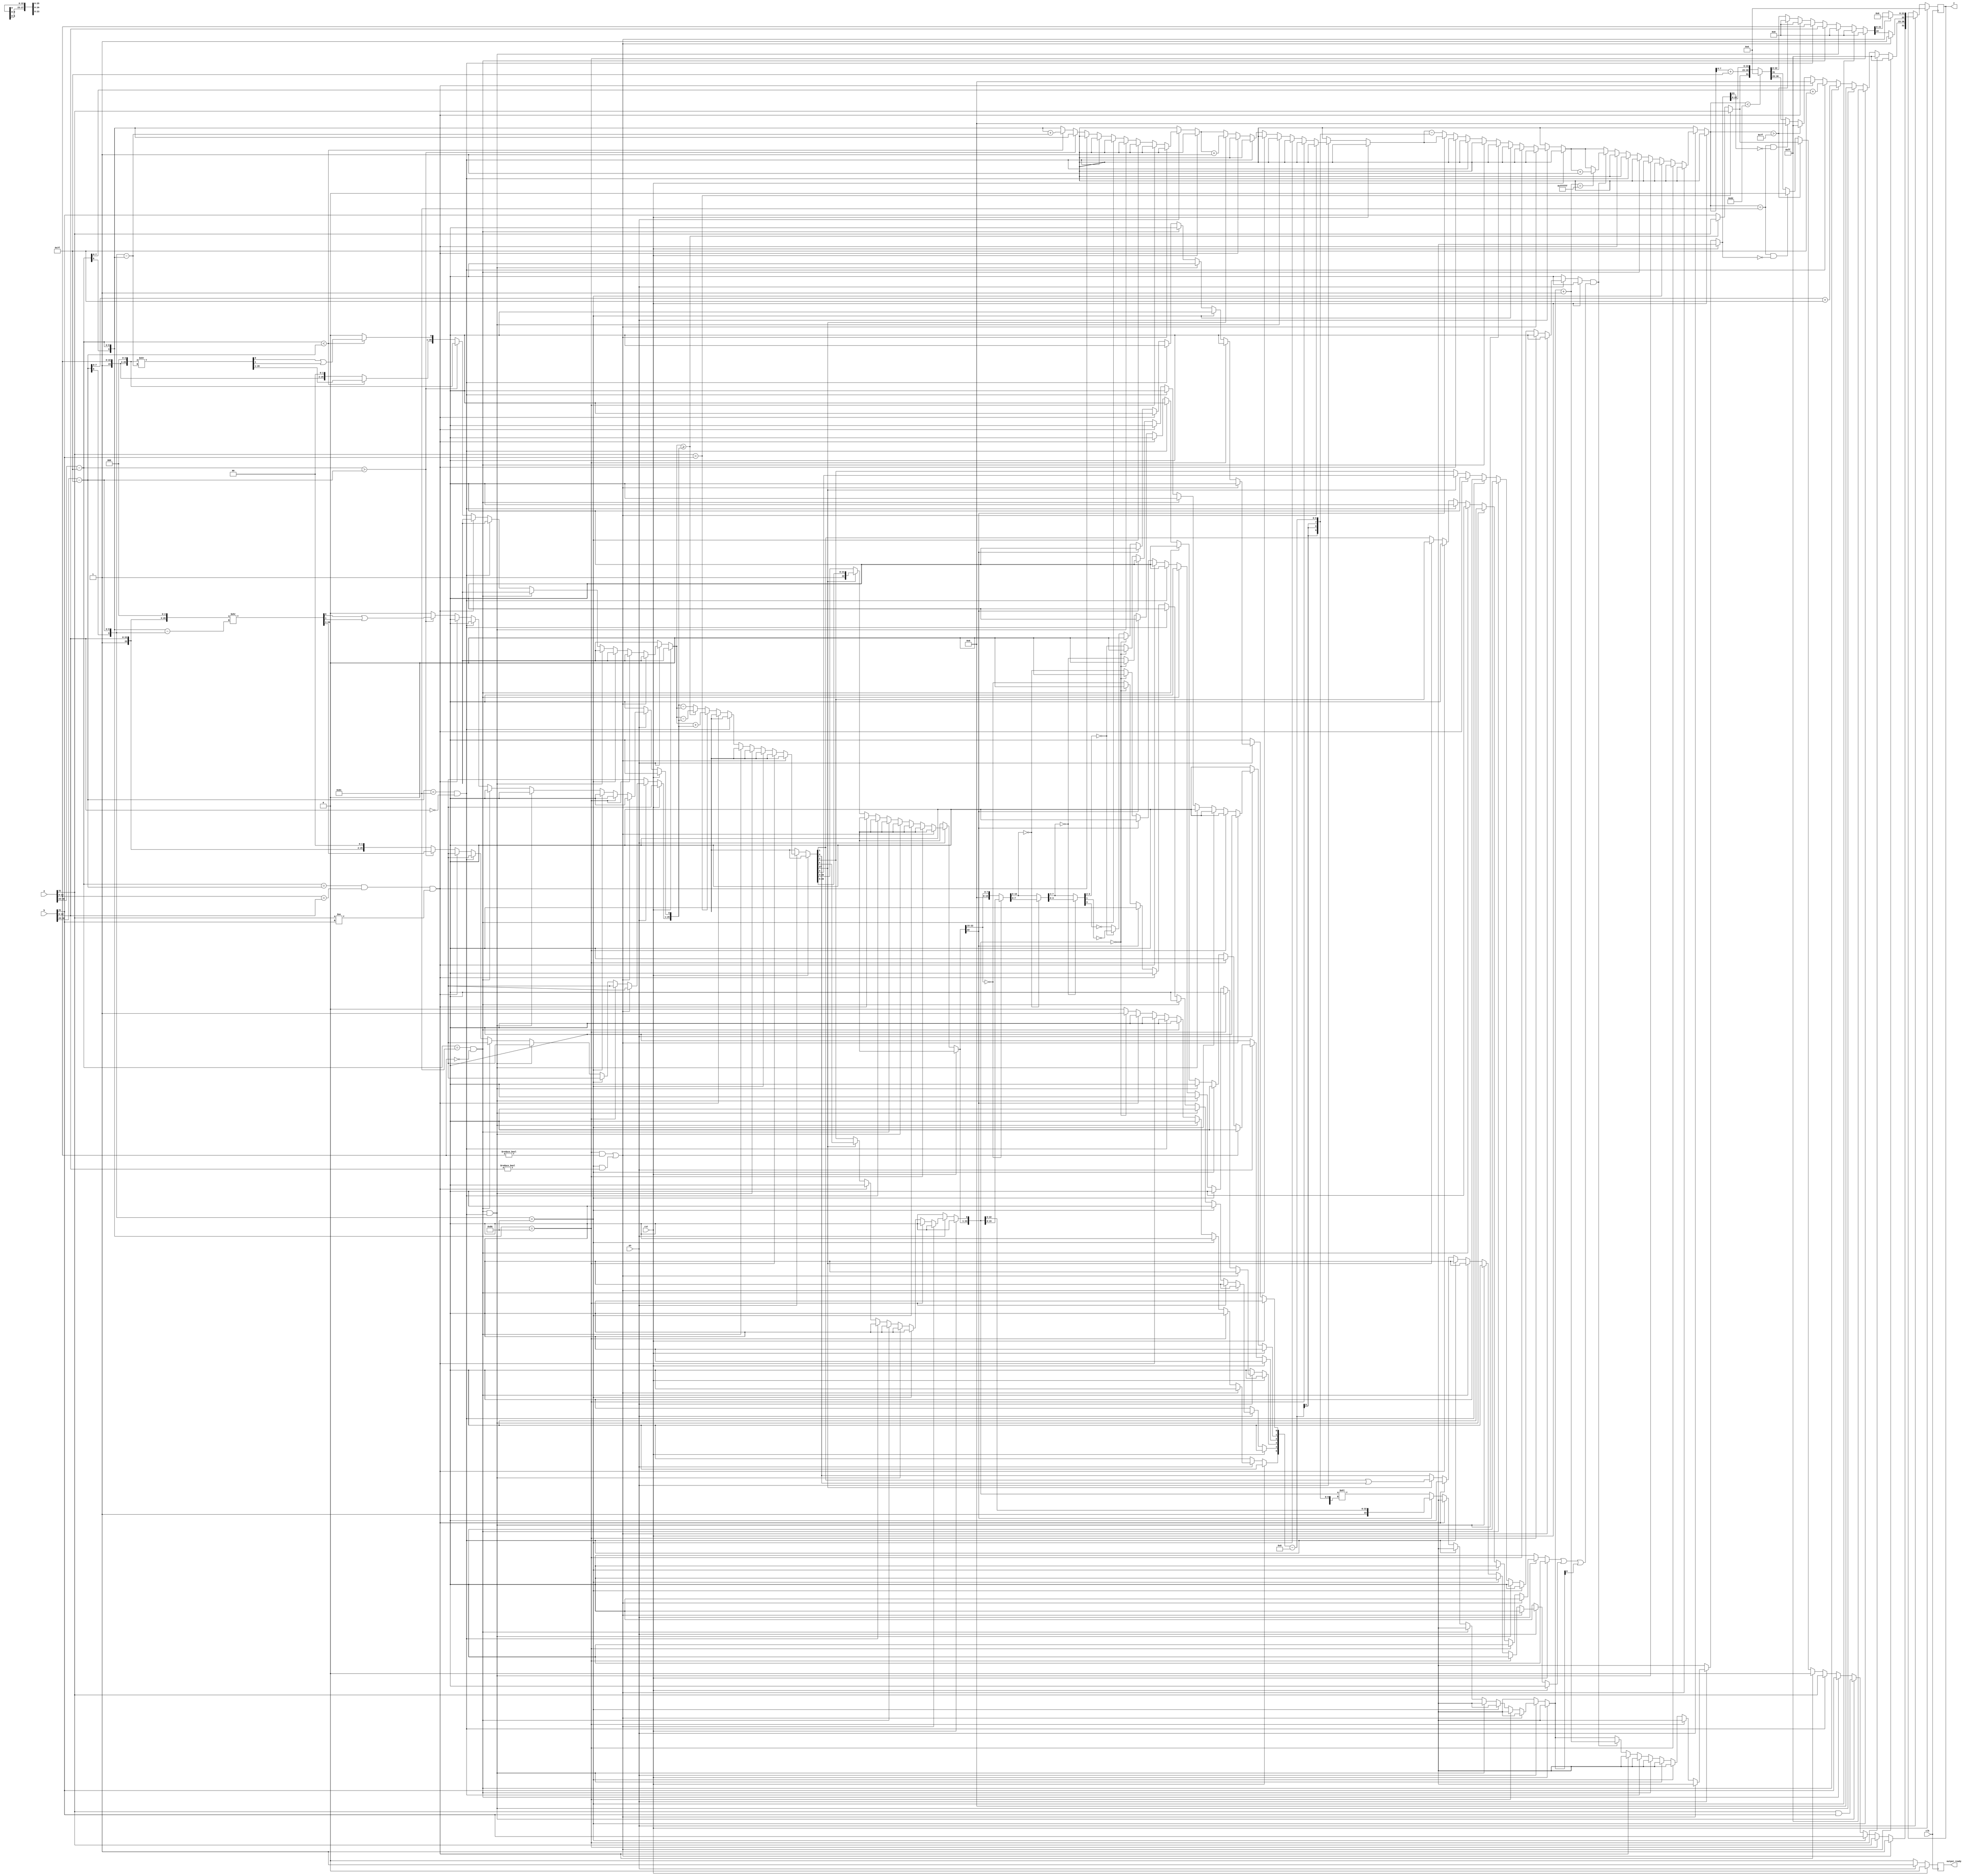
module adder32(input clk,
						 input rst,
						 input en,
						 input [31:0] a,
						 input [31:0] b,
						 output [31:0] z,
						 output output_ready);

reg s_a, s_b, s_z;
reg [9:0] e_a, e_b, e_z, e_min, diff;
reg [26:0] m_a, m_b;
reg [23:0] m_z;
reg [27:0] temp;
reg guard, round, lonz;
//reg diff;
reg [31:0] Z, temp2;
reg out_ready;
reg [5:0] diff2;
//reg [31:0] val32;
reg [15:0] val16;
reg [7:0] val8;
reg [3:0] val4;
//reg [3:0] state;
/*
parameter   enable				= 4'd0,
						unpack        = 4'd1,
            special_cases = 4'd2,
	    			align         = 4'd3,
            add_stage_1   = 4'd4,
            add_stage_2   = 4'd5,
            normalize_stage_1   = 4'd6,
            normalize_stage_2   = 4'd7,
            rnd	          = 4'd8,
            pack          = 4'd9,
            put_z         = 4'd10;
*/
always@(posedge clk)
begin		
	if(rst == 1)
	begin
		diff = 0;
		diff2 = 0;
		Z = 32'd0;
		out_ready = 0;
		temp = 0;
		//state <= enable;
	end
	else if (en == 0)
	begin
		out_ready = 0;
	end
	else if (en == 1)
	begin
		/*diff = 0;
		temp = 0;
		guard = 0;
		round = 0;
		lonz = 0;
		m_z = 0;
		e_z = 0;
		s_z = 0;
		*/
		s_a = a[31];
		s_b = b[31];
		e_a = a[30:23] - 127;
		e_b = b[30:23] - 127;
		m_a[26] = 1;
		m_b[26] = 1;
		m_a [25:3]= a[22:0];
		m_b [25:3]= b[22:0];
		m_a [2:0] = 3'd0;
		m_b [2:0] = 3'd0;

		//Either a or b is NaN
		if((e_a == 128 && m_a[25:0] != 0) || (e_b == 128 && m_b[25:0] != 0))
		begin
			Z[31] = 1;
			Z[30:23] = 8'hff;
			Z[22] = 1;
			Z[21:0] = 0;
			out_ready = 1;
		end
		//a is Inf
		else if(e_a == 128)
		begin
			//z is Inf
			Z[31] = s_a;
			Z[30:23] = 8'hff;
			Z[22:0] = 0;
			out_ready = 1;
		end
		//b is Inf
		else if(e_b == 128)
		begin
			//z is Inf
			Z[31] = s_b;
			Z[30:23] = 8'hff;
			Z[22:0] = 0;
			out_ready = 1;
		end
		//a and b are 0
		else if(($signed(e_a) == -127 && m_a[25:0] == 0) && ($signed(e_b) == -127 && m_b[25:0] == 0))
		begin	   
			Z[31] = s_a & s_b;
			Z[30:23] = 0;
			Z[22:0] = 0;
			out_ready = 1;
			//state <= put_z;
		end
		//a is 0
		else if($signed(e_a) == -127 && m_a[25:0] == 0) 	
		begin	   
			Z[31] = s_b;
			Z[30:23] = e_b[7:0] + 127;
			Z[22:0] = m_b[25:3];
			out_ready = 1;
			//z[63:0] <= b[63:0];
			//state <= put_z;
		end
		//b is 0
		else if($signed(e_b) == -127 && m_b[25:0] == 0)  	
		begin	   
			Z[31] = s_a;
			Z[30:23] = e_a[7:0] + 127;
			Z[22:0] = m_a[25:3];
			out_ready = 1;
			//state <= put_z;
		end

		//a and b are equal in magnitude but have opposite signs
		else if(($signed(e_a) == $signed(e_b)) && (m_a == m_b) && (s_a != s_b))			
		begin
			Z[31] = 0;
			Z[30:23] = 0;
			Z[22:0] = 0;
			out_ready = 1;
		end

		
		else
		begin
								
			//Align mantissas
			if($signed(e_a) > $signed(e_b))
			begin
				diff = e_a - e_b;
				e_b = e_b + diff;
				m_b = m_b >> diff;
				m_b[0] = m_b[0] | m_b[1];
			end
			
			else if ($signed(e_a) < $signed(e_b))
			begin
				diff = e_b - e_a;
				e_a = e_a + diff;
				m_a = m_a >> diff;
				m_a[0] = m_a[0] | m_a[1];
			end

			e_z = e_a;
			if(s_a == s_b)
			begin
				temp = m_a + m_b;
				s_z = s_a;
			end
			else
			begin
				if(m_a >= m_b)
				begin
					temp = m_a - m_b;
					s_z = s_a;
				end
				else
				begin
					temp = m_b - m_a;
					s_z = s_b;
				end
			end


			if(temp[27] == 1)
			begin
				m_z = temp[27:4];
				e_z = e_z + 1;
				guard = temp[3];
				round = temp[2];
				lonz = temp[1] | temp[0];
			end
			else
			begin
				m_z = temp[26:3];
				guard = temp[2];
				round = temp[1];
				lonz = temp[0];
				//m_z = m_z << 1;
				//e_z = e_z - 1;
				m_z[0] = guard;
			end

			if(m_z [23] == 0)
			begin
				temp2 [23:0] = m_z;
				temp2 [31:24] = 0;
				if (temp2 == 0)
				begin 
					diff2 = 32;
				end
				else
				begin
					//diff2[6] = 1'b0;
    			diff2[5] = 1'b0;
    			//val32 = diff2[5] ? temp2[31:0] : temp2[63:32];
  		  	diff2[4] = (temp2[31:16] == 16'b0);
    			val16 = diff2[4] ? temp2[15:0] : temp2[31:16];
    			diff2[3] = (val16[15:8] == 8'b0);
    			val8 = diff2[3] ? val16[7:0] : val16 [15:8];
    			diff2[2] = (val8[7:4] == 4'b0);
    			val4 = diff2[2] ? val8[3:0] : val8[7:4];
    			diff2[1] = (val4[3:2] == 2'b0);
					//val2 = diff2[1] ? val4[1:0] : val4[3:2];
    			diff2[0] = diff2[1] ? ~val4[1] : ~val4[3];
				end
				m_z = m_z << (diff2 - 8);
				e_z = e_z - (diff2 - 8);
			end
			//Verify this
			//Round overflow
			if(guard && (round | lonz | m_z[0]))
			begin
				m_z = m_z + 1;
				if(m_z == 24'hffffff)
				begin
					e_z = e_z + 1;
				end
			end

			//Pack Output
			Z[22:0] = m_z [22:0];
			Z[30:23] = e_z[7:0] + 127;	
			Z[31] = s_z;
			if($signed(e_z) < -126)
			begin
				Z[31:0] = 0; 
			end
			if($signed(e_z) == -127 && m_z[23] == 0)
				Z[30:23] = 0;
			if ($signed(e_z) == -127 && m_z[23:0] == 24'h0)
			          Z[31] = 0; // -a + a = +0.
			if($signed(e_z) > 127)
			begin
				Z[22:0] = 0;
				Z[30:23] = 8'hff;
				Z[31] = s_z;
			end
			out_ready = 1;	
		end
		//out_z <= Z;
		//out_ready <= o_r;
	end
end
assign z = Z;
assign output_ready = out_ready;
endmodule